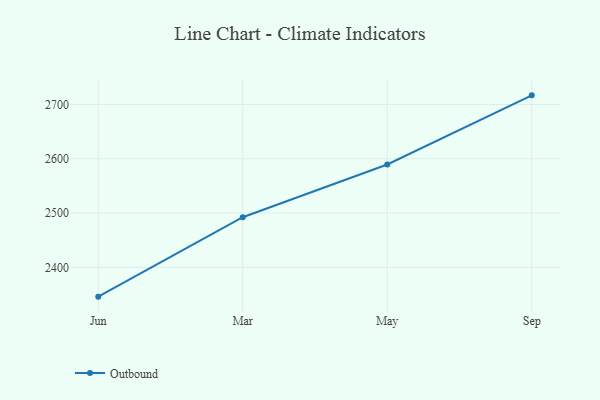
{"axis": {"x": "Month", "y": "Production Output"}, "legend": ["Outbound"], "data": [{"x": "Jun", "y": 2346.1, "type": "Outbound"}, {"x": "Mar", "y": 2492.4, "type": "Outbound"}, {"x": "May", "y": 2589.6, "type": "Outbound"}, {"x": "Sep", "y": 2716.9, "type": "Outbound"}]}